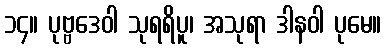
၁၄။ ပုဗ္ဗဒေဝါ သုရရိပူ၊ အသုရာ ဒါနဝါ ပုမေ။